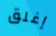
إغلق